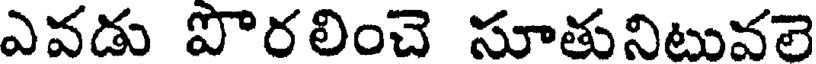
ఎవడు పొరలించె సూతునిటువలె